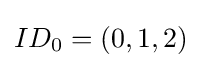
ID_{0}=(0,1,2)